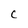
Character: C